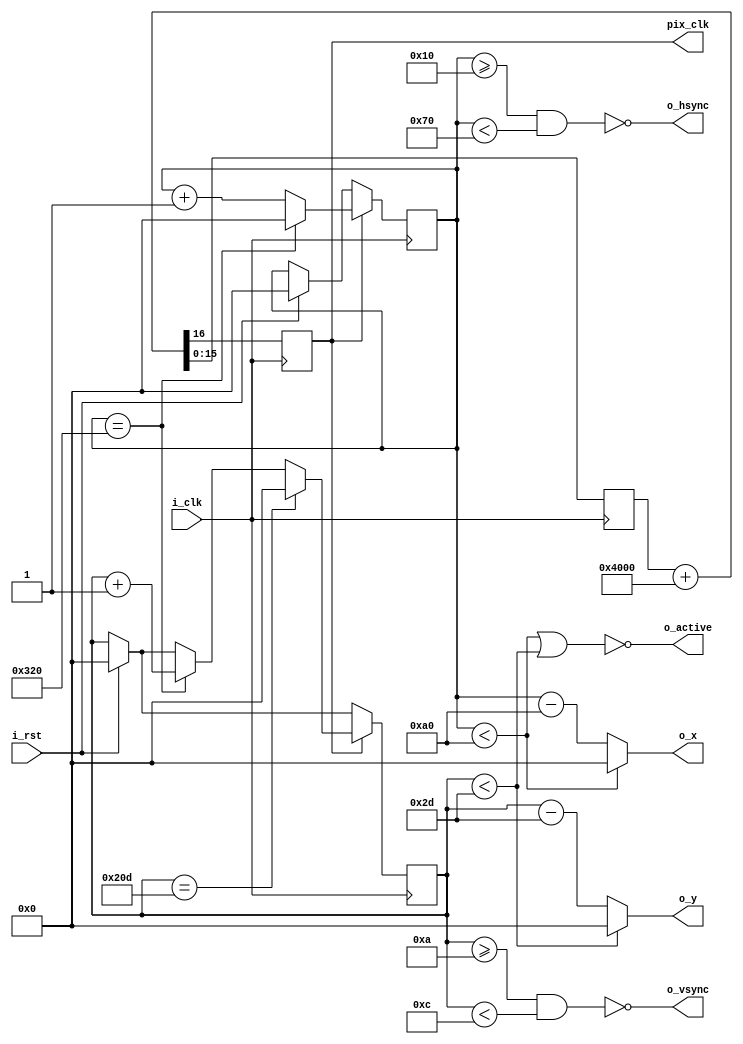
//--------------------------------------------------
// vga640x480 Module : Digilent Basys 3               
// Onboard clock 100MHz
// VGA Resolution 640x480 @ 60Hz : Pixel Clock 25MHz
//--------------------------------------------------
`timescale 1ns / 1ps

// Setup vga640x480 Module
module vga640x480(
    input wire i_clk, 
    input wire i_rst, 
    output wire o_hsync, 
    output wire o_vsync, 
    output wire o_active,
    output wire [9:0] o_x,
    output wire [9:0] o_y, 
    output reg pix_clk 
    );

    localparam HSYNCSTART = 16; 
    localparam HSYNCEND = 16 + 96; 
    localparam HACTIVESTART = 16 + 96 + 48; 
    localparam HACTIVEEND = 16 + 96 + 48 + 640; 
    reg [9:0] H_SCAN; 
    
    localparam VSYNCSTART = 10;
    localparam VSYNCEND = 10 + 2;
    localparam VACTIVESTART = 10 + 2 + 33; 
    localparam VACTIVEEND = 10 + 2 + 33 + 480; 
    reg [9:0] V_SCAN; 

    assign o_hsync = ~((H_SCAN >= HSYNCSTART) & (H_SCAN < HSYNCEND));
    assign o_vsync = ~((V_SCAN >= VSYNCSTART) & (V_SCAN < VSYNCEND));
   
    assign o_x = (H_SCAN < HACTIVESTART) ? 0 : (H_SCAN - HACTIVESTART);
    assign o_y = (V_SCAN < VACTIVESTART) ? 0 : (V_SCAN - VACTIVESTART);

    assign o_active = ~((H_SCAN < HACTIVESTART) | (V_SCAN < VACTIVESTART)); 
    
    reg [15:0] counter1;
    always @(posedge i_clk)
        {pix_clk, counter1} <= counter1 + 16'h4000; 
        
    always @ (posedge i_clk)
    begin

        if (i_rst)
        begin
            H_SCAN <= 0;
            V_SCAN <= 0;
        end

        if (pix_clk)  
        begin
            if (H_SCAN == HACTIVEEND) 
            begin
                H_SCAN <= 0;
                V_SCAN <= V_SCAN + 1;
            end
            else 
                H_SCAN <= H_SCAN + 1; 

            if (V_SCAN == VACTIVEEND)  
                V_SCAN <= 0;
        end
    end
endmodule